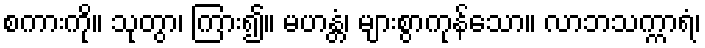
စကားကို။ သုတွာ၊ ကြား၍။ မဟန္တံ၊ များစွာကုန်သော။ လာဘသက္ကာရံ၊